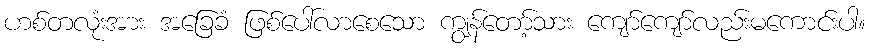
ဟစ်တလုံးအား အခြေခံ ဖြစ်ပေါ်လာစေသော ကျွန်တော့်သား ကျော်ကျော်လည်းမကောင်းပါ။